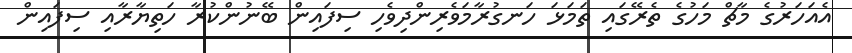
އެއަހަރުގެ މާޗް މަހުގެ ތެރޭގައި ތަމަޅަ ހަނގުރާމަވެރިންދިވެހި ސިފައިން ބޭނުންކުރާ ހަތިޔާރާއި ސިފައިން